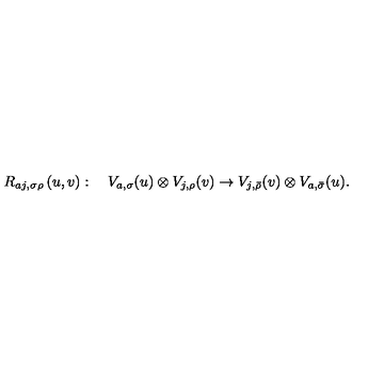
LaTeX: R _ { a j , \sigma \rho } \left( u , v \right) : \quad V _ { a , \sigma } ( u ) \otimes V _ { j , \rho } ( v ) \rightarrow V _ { j , \bar { \rho } } ( v ) \otimes V _ { a , \bar { \sigma } } ( u ) .